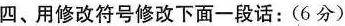
四、用修改符号修改下面一段话：(6分)